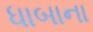
ધાબાના